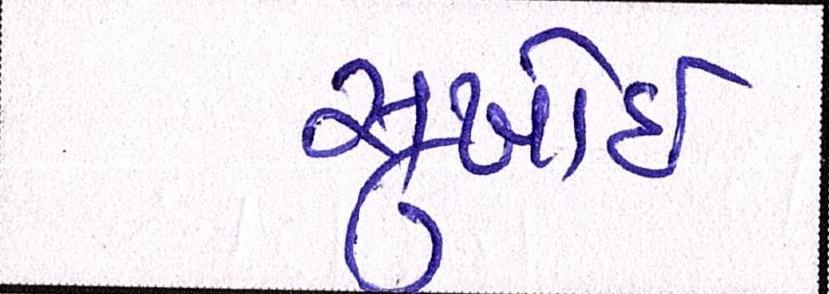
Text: સુખોઈ